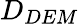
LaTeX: D_{DEM}